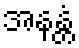
အနန္တံ